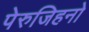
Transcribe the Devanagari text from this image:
पेरुजिहनो